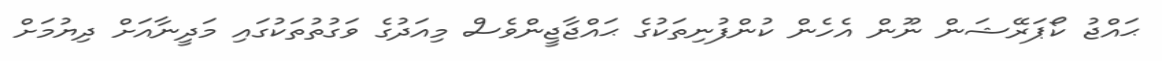
ޙައްޖު ކޯޕަރޭޝަން ނޫން އެހެން ކުންފުނިތަކުގެ ޙައްޖާޖީންވެސް މިއަދުގެ ވަގުތުތަކުގައި މަދީނާއަށް ދިޔުމަށް